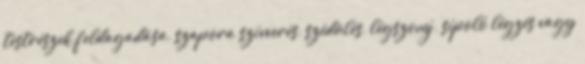
testrészek feldagadása, szapora szívverés, szédülés, légszomj, sípoló légzés vagy